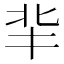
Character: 𠤖